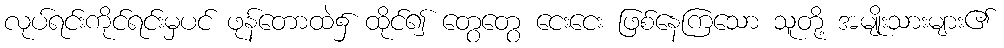
လုပ်ရင်းကိုင်ရင်းမှပင် ဖုန်တောထဲ၌ ထိုင်၍ တွေတွေ ငေးငေး ဖြစ်နေကြသော သူတို့ အမျိုးသားများ၏